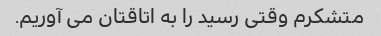
متشکرم وقتی رسید را به اتاقتان می آوریم.